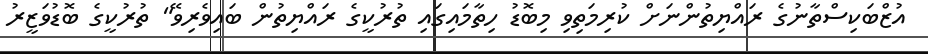
އުޒްބަކިސްތާނުގެ ރައްޔިތުންނަށް ކުރިމަތިވި މިބޮޑު ހިތާމައިގައި ތުރުކީގެ ރައްޔިތުން ބައިވެރިވޭ" ތުރުކީގެ ބޮޑުވަޒީރު